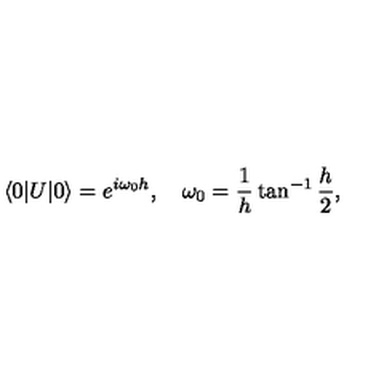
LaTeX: \langle 0 | U | 0 \rangle = e ^ { i \omega _ { 0 } h } , \quad \omega _ { 0 } = { \frac { 1 } { h } } \tan ^ { - 1 } { \frac { h } { 2 } } ,